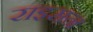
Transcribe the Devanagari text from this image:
राइसन